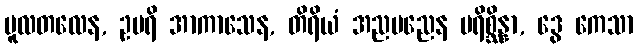
မူလတလေန, ဥပရိ အာကာသေန, တိရိယံ အညမညေန ပရိစ္ဆိန္နာ, ဒွေ ကေသာ